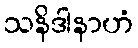
သနိဒါနာဟံ